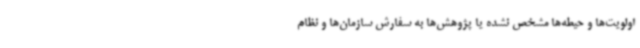
اولویت‌ها و حیطه‌ها مشخص نشده یا پژوهش‌ها به سفارش سازمان‌ها و نظام